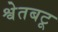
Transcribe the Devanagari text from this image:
श्वेतबटू